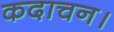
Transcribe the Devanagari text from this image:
कदाचन।